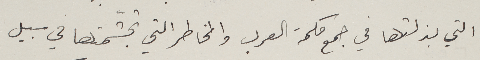
التي بذلتها في جمع حكمة العرب والمخاطر التي تجشّمتها في سبيل